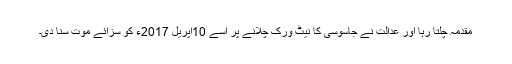
مقدمہ چلتا رہا اور عدالت نے جاسوسی کا نیٹ ورک چلانے پر اسے 10اپریل 2017ء کو سزائے موت سنا دی۔